Annual report of the Punjab Veterinary College and of the Civil Veterinary Department, Punjab - 1926-1932
Year: 1926
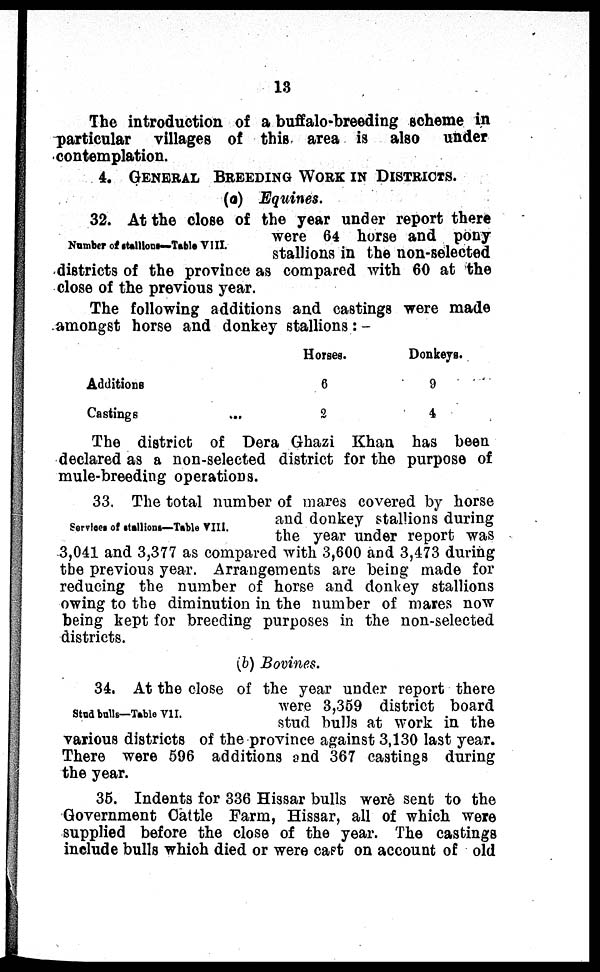
13
The introduction of a buffalo-breeding scheme in
particular villages of this area is also under
contemplation.
4. GENERAL BREEDING WORK IN DISTRICTS.
(a) Equines.
Number of stallions—Table VIII.
32. At the close of the year under report there
were 64 horse and pony
stallions in the non-selected
districts of the province as compared with 60 at the
close of the previous year.
The following additions and castings were made
amongst horse and donkey stallions: -
Additions
Castings ...
Horses.
6
2
Donkeys.
9
4
The district of Dera Ghazi Khan has been
declared as a non-selected district for the purpose of
mule-breeding operations.
Services of stallions—Table VIII.
33. The total number of mares covered by horse
and donkey stallions during
the year under report was
3,041 and 3,377 as compared with 3,600 and 3,473 during
the previous year. Arrangements are being made for
reducing the number of horse and donkey stallions
owing to the diminution in the number of mares now
being kept for breeding purposes in the non-selected
districts.
(b) Bovines.
Stud bulls—Table VII.
34. At the close of the year under report there
were 3,359 district board
stud bulls at work in the
various districts of the province against 3,130 last year.
There were 596 additions and 367 castings during
the year.
35. Indents for 336 Hissar bulls were sent to the
Government Cattle Farm, Hissar, all of which were
supplied before the close of the year. The castings
include bulls which died or were cast on account of old